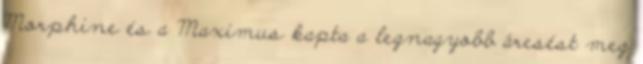
Morphine és a Maximus kapta a legnagyobb áresést meg